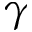
\gamma